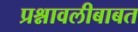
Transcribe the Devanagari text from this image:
प्रश्नावलीबाबत